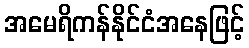
အမေရိကန်နိုင်ငံအနေဖြင့်